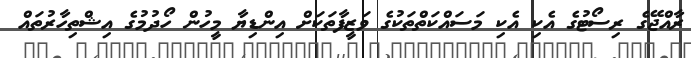
ރާއްޖޭގެ ރިސޯޓުގެ އެކި އެކި މަސައްކަތްތަކުގެ ވަޒީފާތަކަށް އިންޑިޔާ މީހުން ހޯދުމުގެ އިޝްތިހާރުތައް